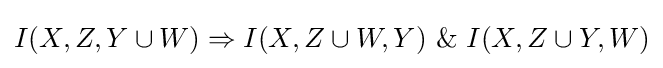
I(X,Z,Y\cup W)\Rightarrow I(X,Z\cup W,Y)~\&~I(X,Z\cup Y,W)